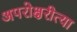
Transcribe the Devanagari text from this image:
अपरोक्षरीत्या